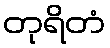
တုရိတံ